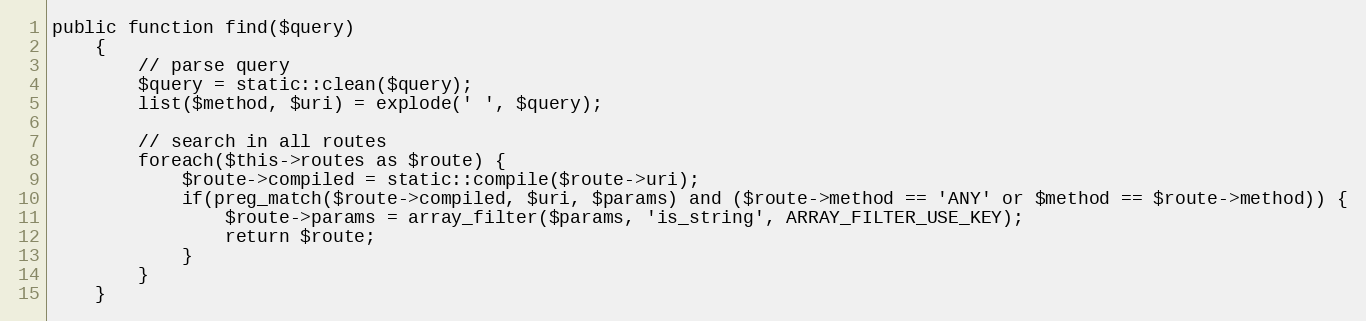
Language: PHP
public function find($query)
    {
        // parse query
        $query = static::clean($query);
        list($method, $uri) = explode(' ', $query);

        // search in all routes
        foreach($this->routes as $route) {
            $route->compiled = static::compile($route->uri);
            if(preg_match($route->compiled, $uri, $params) and ($route->method == 'ANY' or $method == $route->method)) {
                $route->params = array_filter($params, 'is_string', ARRAY_FILTER_USE_KEY);
                return $route;
            }
        }
    }